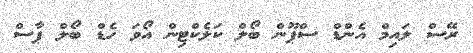
ރޭސް ލައިމް އެންޑް ސްޕޫން ބޯލް ކަލެކްޓިން އޯވަ ހެޑް ބޯލް ޕާސް